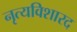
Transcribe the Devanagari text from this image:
नृत्यविशारद